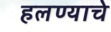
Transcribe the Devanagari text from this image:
हलण्याचे